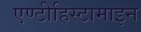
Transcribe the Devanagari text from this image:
एण्टीहिस्टामाइन